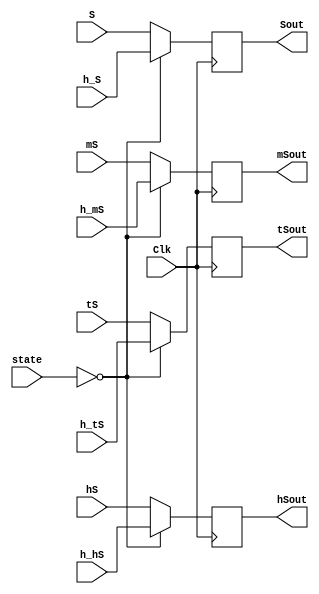
/* Decodes input from BCD_counter to 7 segment displays */ 
module BCD_decoder (Clk, state, S, tS, hS, mS, h_S, h_tS, h_hS, h_mS, Sout, tSout, hSout, mSout);
	input Clk;
	input [1:0] state;
	input [3:0] S, tS, hS, mS, h_S, h_tS, h_hS, h_mS;
	output reg [3:0] Sout, tSout, hSout, mSout;
	
	parameter A = 0;
	parameter B = 1;
	parameter C = 2;
	parameter D = 3;
	
	
	always @ (posedge Clk)
	begin
		case (state)
			A:	// Display high score
				begin
				Sout <= h_S;
				tSout <= h_tS;
				hSout <= h_hS;
				mSout <= h_mS;
				end
			default: // all other states display input
				begin
				Sout <= S;
				tSout <= tS;
				hSout <= hS;
				mSout <= mS;
				end
		endcase
	end
endmodule